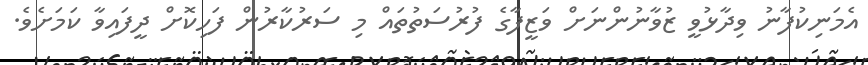
އެމަނިކުފާނު ވިދާޅުވީ ޒުވާނުންނަށް ވަޒީފާގެ ފުރުސަތުތައް މި ސަރުކާރުން ފަހިކޮށް ދީފައިވާ ކަމަށެވެ.